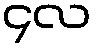
၄လ